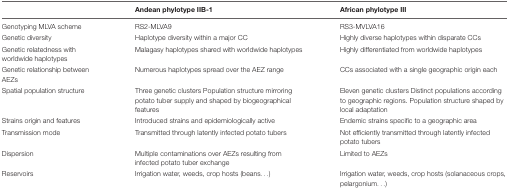
<table><thead><tr><td></td><td><b>Andean phylotype IIB-1</b></td><td><b>African phylotype III</b></td></tr></thead><tbody><tr><td>Genotyping MLVA scheme</td><td>RS2-MLVA9</td><td>RS3-MVLVA16</td></tr><tr><td>Genetic diversity</td><td>Haplotype diversity within a major CC</td><td>Highly diverse haplotypes within disparate CCs</td></tr><tr><td>Genetic relatedness with worldwide haplotypes</td><td>Malagasy haplotypes shared with worldwide haplotypes</td><td>Highly differentiated from worldwide haplotypes</td></tr><tr><td>Genetic relationship between AEZs</td><td>Numerous haplotypes spread over the AEZ range</td><td>CCs associated with a single geographic origin each</td></tr><tr><td>Spatial population structure</td><td>Three genetic clusters Population structure mirroring potato tuber supply and shaped by biogeographical features</td><td>Eleven genetic clusters Distinct populations according to geographic regions. Population structure shaped by local adaptation</td></tr><tr><td>Strains origin and features</td><td>Introduced strains and epidemiologically active</td><td>Endemic strains specific to a geographic area</td></tr><tr><td>Transmission mode</td><td>Transmitted through latently infected potato tubers</td><td>Not efficiently transmitted through latently infected potato tubers</td></tr><tr><td>Dispersion</td><td>Multiple contaminations over AEZs resulting from infected potato tuber exchange</td><td>Limited to AEZs</td></tr><tr><td>Reservoirs</td><td>Irrigation water, weeds, crop hosts (beans...)</td><td>Irrigation water, weeds, crop hosts (solanaceous crops, pelargonium...)</td></tr></tbody></table>